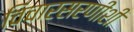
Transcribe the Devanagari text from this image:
विचारसरणींशी